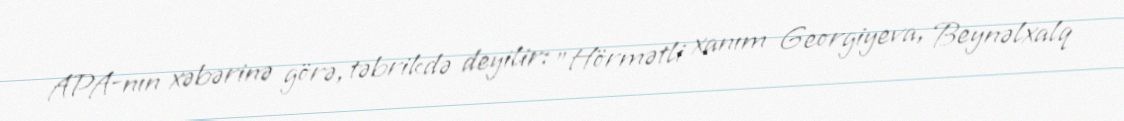
APA-nın xəbərinə görə, təbrikdə deyilir: "Hörmətli xanım Georgiyeva, Beynəlxalq